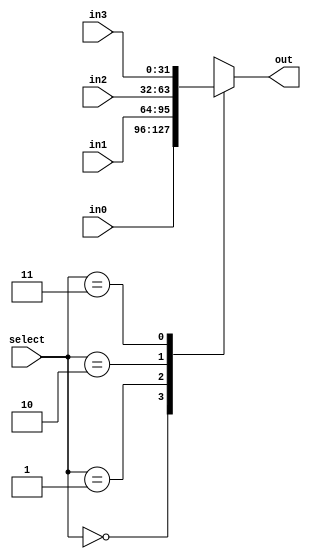
`timescale 1ns / 1ps


module MUX_4x1(select,in0,in1,in2,in3,out);

input [1:0]select;
input [31:0]in0,in1,in2,in3;
output reg[31:0]out;

always@(*)
begin
  case(select)
    2'b00: out<=in0;
    2'b01: out<=in1;
    2'b10: out<=in2;
    2'b11: out<=in3;
    default:out<= 32'bx;
  endcase
end
endmodule